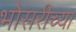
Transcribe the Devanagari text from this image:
भोसरीच्या